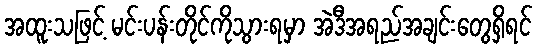
အထူးသဖြင့် မင်းပန်းတိုင်ကိုသွားရမှာ အဲဒီအရည်အချင်းတွေရှိရင်